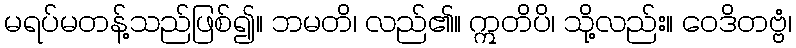
မရပ်မတန့်သည်ဖြစ်၍။ ဘမတိ၊ လည်၏။ ဣတိပိ၊ သို့လည်း။ ဝေဒိတဗ္ဗံ၊